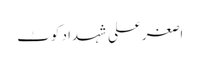
اصغرعلی شہداد کوٹ